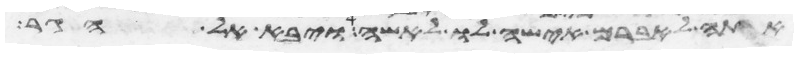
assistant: אתה לאברם אישה לו לאשה ויבא אל הגר